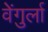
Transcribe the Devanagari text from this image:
वेेंगुर्ला